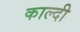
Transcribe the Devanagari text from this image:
काल्दी